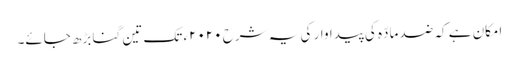
امکان ہے کہ ضد مادّہ کی پیداوار کی یہ شرح ٢٠٢٠ء تک تین گنا بڑھ جائے۔